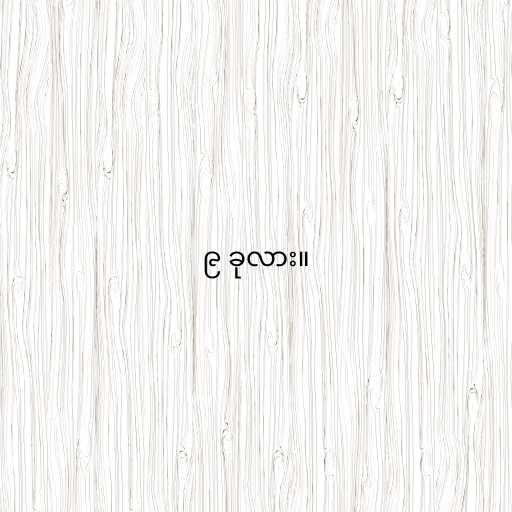
၉ ခုလား။